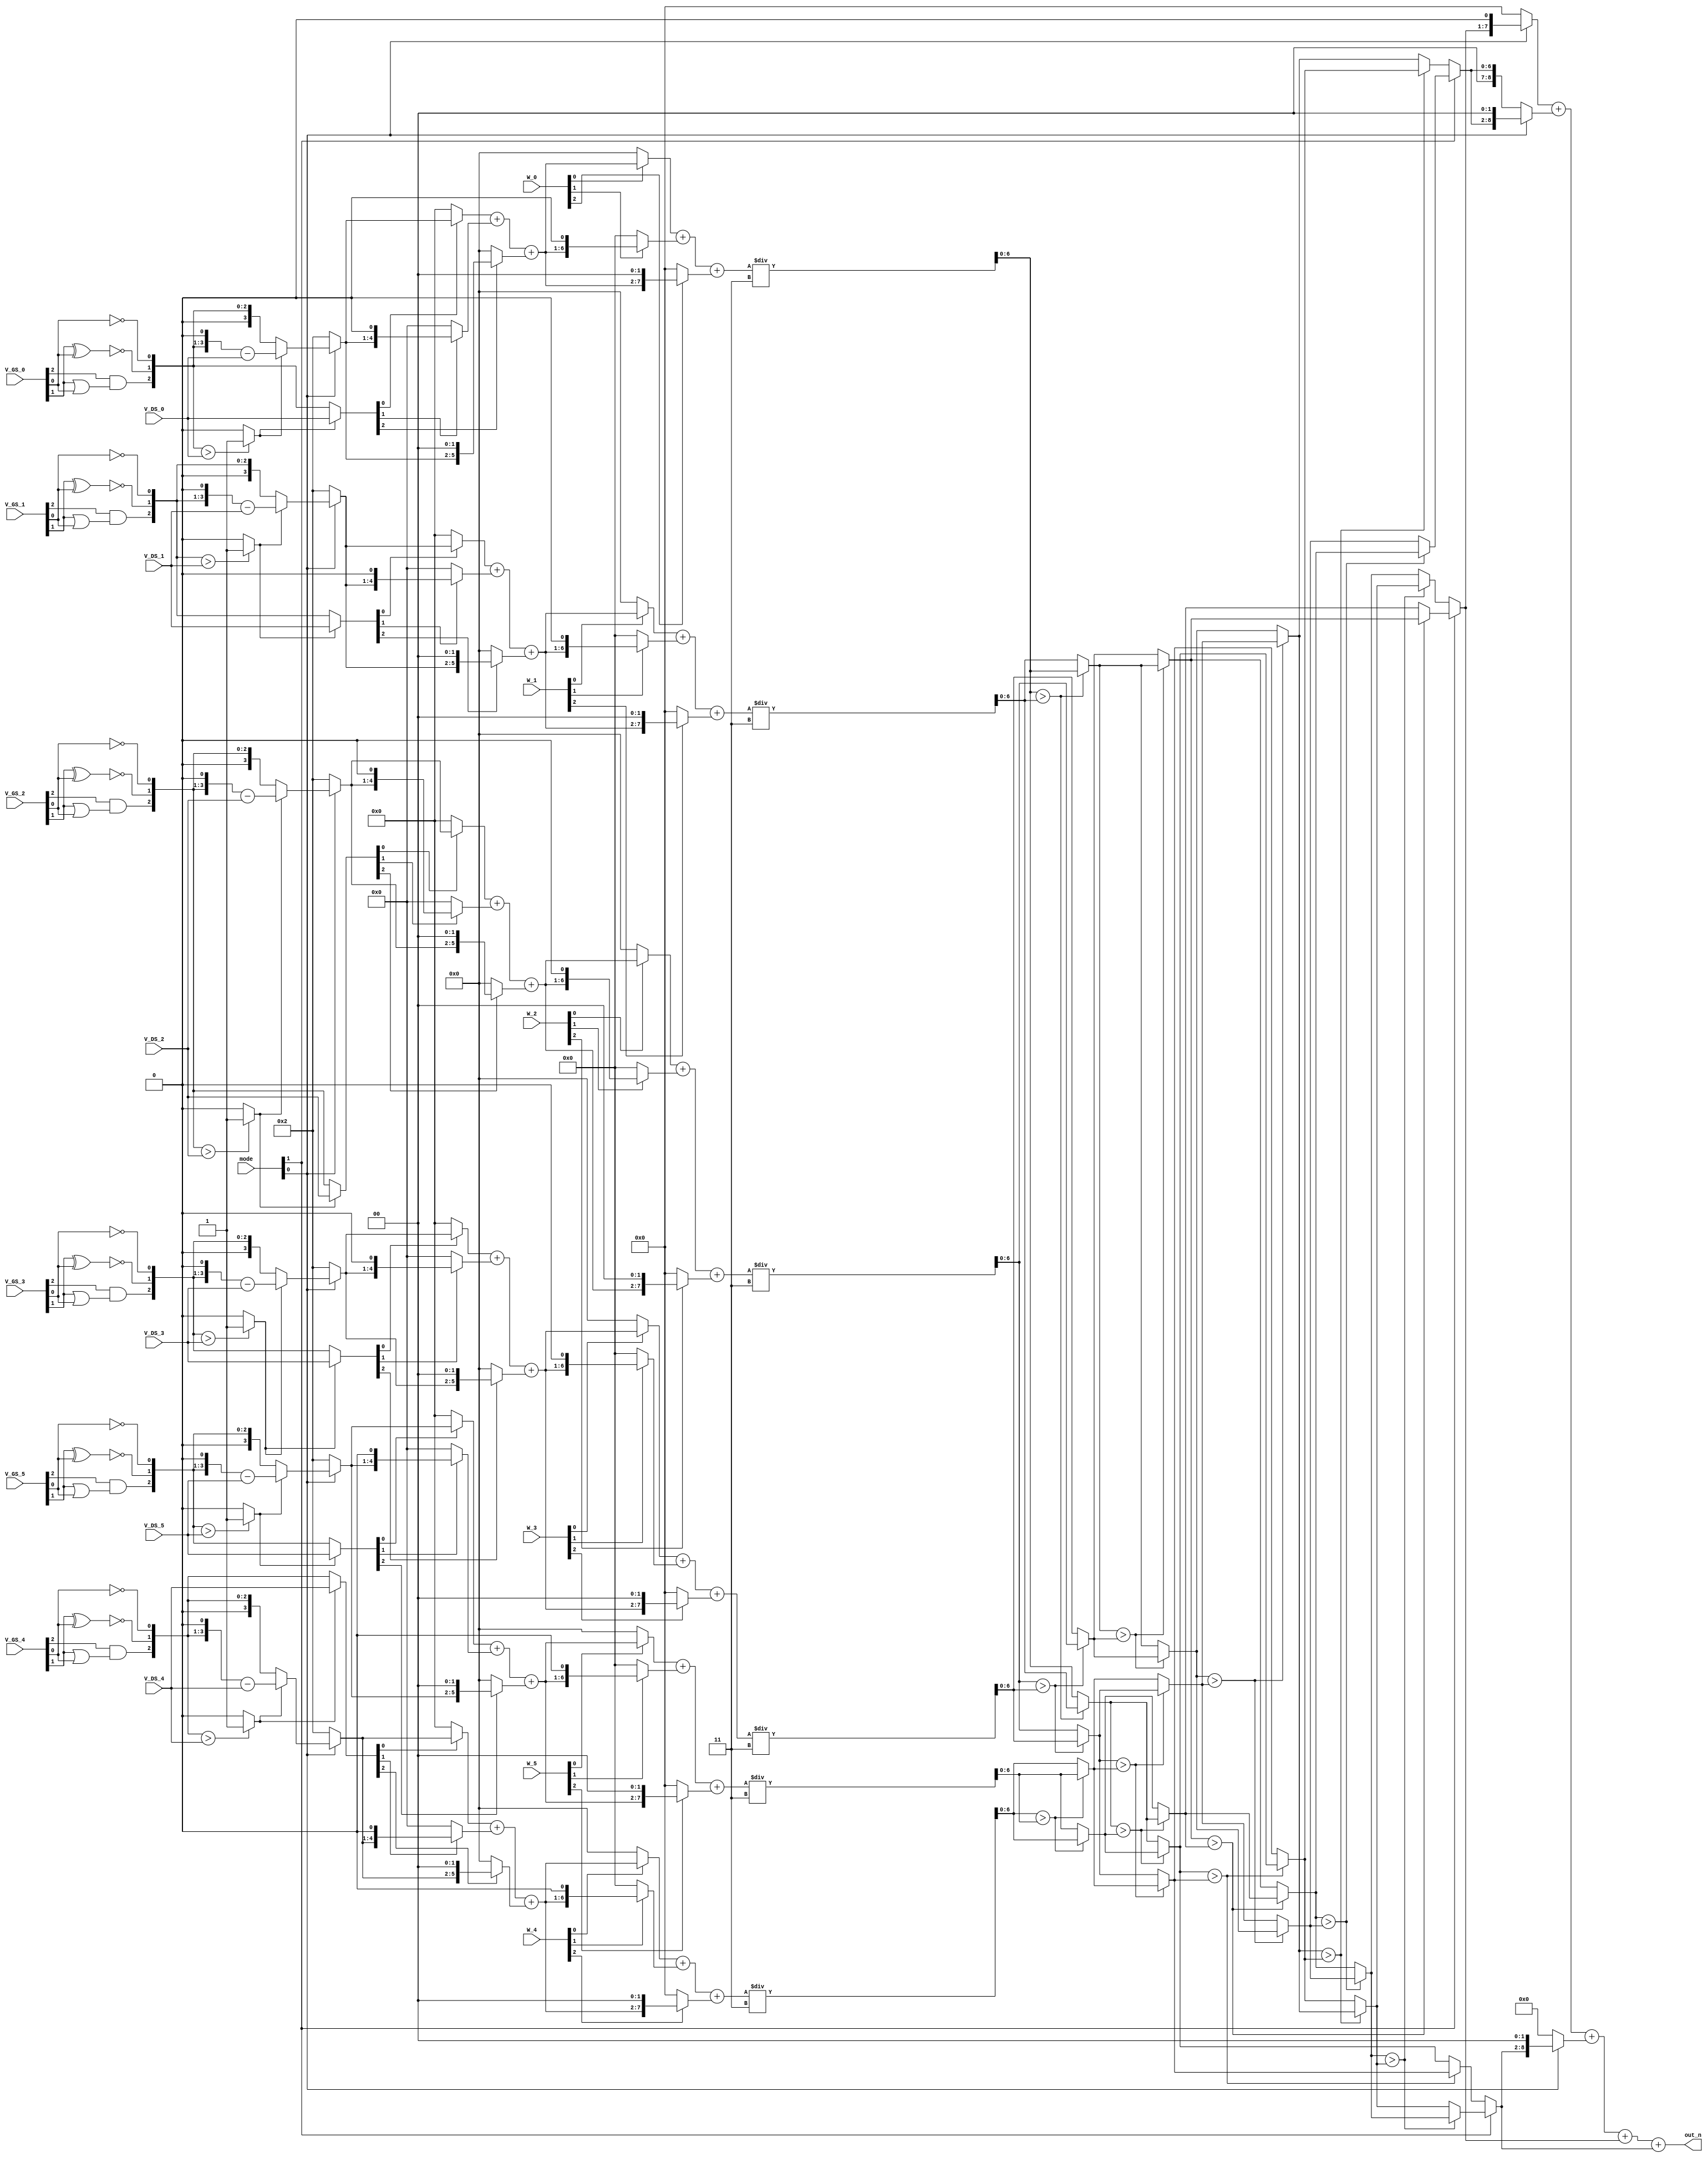
module SMC(
  // Input signals
    mode,
    W_0, V_GS_0, V_DS_0,
    W_1, V_GS_1, V_DS_1,
    W_2, V_GS_2, V_DS_2,
    W_3, V_GS_3, V_DS_3,
    W_4, V_GS_4, V_DS_4,
    W_5, V_GS_5, V_DS_5,
  // Output signals
    out_n
);

input [2:0] W_0, V_GS_0, V_DS_0;
input [2:0] W_1, V_GS_1, V_DS_1;
input [2:0] W_2, V_GS_2, V_DS_2;
input [2:0] W_3, V_GS_3, V_DS_3;
input [2:0] W_4, V_GS_4, V_DS_4;
input [2:0] W_5, V_GS_5, V_DS_5;
input [1:0] mode;
output [9:0] out_n; 

/* INITIALIZATION */
reg [2:0] V_GS[0:5];
reg [2:0] V_DS[0:5];
reg [2:0] W[0:5];

always@(*) begin
	V_GS[0] = V_GS_0;	V_DS[0] = V_DS_0;	W[0] = W_0;	
	V_GS[1] = V_GS_1;	V_DS[1] = V_DS_1;	W[1] = W_1;
	V_GS[2] = V_GS_2;	V_DS[2] = V_DS_2;	W[2] = W_2;
	V_GS[3] = V_GS_3;	V_DS[3] = V_DS_3;	W[3] = W_3;
	V_GS[4] = V_GS_4;	V_DS[4] = V_DS_4;	W[4] = W_4;
	V_GS[5] = V_GS_5;	V_DS[5] = V_DS_5;	W[5] = W_5;
end

/* CALCULATING */
reg [2:0] sub1_V_GS[0:5];
reg Comp_GS_DS[0:5];
reg [3:0] sub1_mul2_V_GS[0:5];
reg [2:0] Gmn_mul_choose[0:5];
reg [3:0] Idn_mul_choose[0:5];
reg [3:0] choose[0:5]; 
reg [3:0] Gmn_Idn_part0_tmp[0:5];
reg [4:0] Gmn_Idn_part1_tmp[0:5];
reg [5:0] Gmn_Idn_part2_tmp[0:5];
reg [5:0] Gmn_Idn_part[0:5];
reg [5:0] Gmn_Idn0_tmp[0:5];
reg [6:0] Gmn_Idn1_tmp[0:5];
reg [7:0] Gmn_Idn2_tmp[0:5];
reg [7:0] Gmn_Idn_part2[0:5];
reg [6:0] Gmn_Idn[0:5];
integer i;

always@(*) begin
	for(i=0; i<=5; i=i+1) begin
		/* V_GS minus one with kmap */
		sub1_V_GS[i][2] = V_GS[i][2] & (V_GS[i][1] | V_GS[i][0]); 
		sub1_V_GS[i][1] = ~(V_GS[i][1] ^ V_GS[i][0]);
		sub1_V_GS[i][0] = ~V_GS[i][0];
		
		/* (V_GS_n - 1 > V_DS_n) or not */
		Comp_GS_DS[i] = sub1_V_GS[i] > V_DS[i] ? 1'b1 : 1'b0;
		/* (V_GS_n - 1) * 2 */
		sub1_mul2_V_GS[i] = {sub1_V_GS[i], 1'b0};
		/* Choose multiplicand with Comp_GS_DS */
		Gmn_mul_choose[i] = (Comp_GS_DS[i]) ? V_DS[i] : sub1_V_GS[i];
		Idn_mul_choose[i] = (Comp_GS_DS[i]) ? sub1_mul2_V_GS[i] - V_DS[i] : sub1_V_GS[i];
		
		/* Choose multiplier with mode[0] */
		choose[i] = (mode[0]) ? Idn_mul_choose[i] : 4'd2;
		
		/* Gmn_Idn_part = choose * Gmn_mul_choose */
		Gmn_Idn_part0_tmp[i] = Gmn_mul_choose[i][0] ? choose[i] : 4'd0;
		Gmn_Idn_part1_tmp[i] = Gmn_mul_choose[i][1] ? {choose[i], 1'b0} : 5'd0;
		Gmn_Idn_part2_tmp[i] = Gmn_mul_choose[i][2] ? {choose[i], 2'b0} : 6'd0;
		Gmn_Idn_part[i] = Gmn_Idn_part0_tmp[i] + Gmn_Idn_part1_tmp[i] + Gmn_Idn_part2_tmp[i];
		
		/* Gmn_Idn_part2 = W * Gmn_Idn_part */
		Gmn_Idn0_tmp[i] = (W[i][0]) ? Gmn_Idn_part[i] : 6'd0;
		Gmn_Idn1_tmp[i] = (W[i][1]) ? {Gmn_Idn_part[i], 1'b0} : 7'd0;
		Gmn_Idn2_tmp[i] = (W[i][2]) ? {Gmn_Idn_part[i], 2'b0} : 8'd0;
		Gmn_Idn_part2[i] = Gmn_Idn0_tmp[i] + Gmn_Idn1_tmp[i] + Gmn_Idn2_tmp[i];
		
		/* Divide 3 */
		Gmn_Idn[i] = Gmn_Idn_part2[i] / 3;
	end
end

/* SORTING */
reg [6:0] a0, a1, a2, a3, a4, a5;
reg [6:0] b0, b1, b2, b3, b4, b5;
reg [6:0] c0, c1, c2, c3, c4, c5;
reg [6:0] d0, d1, d2, d3, e0, e1;

always@(*) begin
	a0 = (Gmn_Idn[0] > Gmn_Idn[1]) ? Gmn_Idn[0] : Gmn_Idn[1];
	a1 = (Gmn_Idn[0] > Gmn_Idn[1]) ? Gmn_Idn[1] : Gmn_Idn[0];
	a2 = (Gmn_Idn[2] > Gmn_Idn[3]) ? Gmn_Idn[2] : Gmn_Idn[3];
	a3 = (Gmn_Idn[2] > Gmn_Idn[3]) ? Gmn_Idn[3] : Gmn_Idn[2];
	a4 = (Gmn_Idn[4] > Gmn_Idn[5]) ? Gmn_Idn[4] : Gmn_Idn[5];
	a5 = (Gmn_Idn[4] > Gmn_Idn[5]) ? Gmn_Idn[5] : Gmn_Idn[4];
	b0 = (a0 > a2) ? a0 : a2;
	b1 = (a0 > a2) ? a2 : a0;
	b2 = (a1 > a4) ? a1 : a4;
	b3 = (a1 > a4) ? a4 : a1;
	b4 = (a3 > a5) ? a3 : a5;
	b5 = (a3 > a5) ? a5 : a3;
	c0 = (b0 > b2) ? b0 : b2;
	c1 = (b0 > b2) ? b2 : b0;
	c2 = (b1 > b4) ? b1 : b4;
	c3 = (b1 > b4) ? b4 : b1;
	c4 = (b3 > b5) ? b3 : b5;
	c5 = (b3 > b5) ? b5 : b3;
	d0 = (c1 > c2) ? c1 : c2;
	d1 = (c1 > c2) ? c2 : c1;
	d2 = (c3 > c4) ? c3 : c4;
	d3 = (c3 > c4) ? c4 : c3;
	e0 = (d1 > d2) ? d1 : d2;
	e1 = (d1 > d2) ? d2 : d1;
end

/* OUTPUT */
wire [6:0] out1 = mode[1] ? c0 : e1;
wire [6:0] out2 = mode[1] ? d0 : d3;
wire [6:0] out3 = mode[1] ? e0 : c5;
wire [7:0] outp1 = (mode[0]) ? {out1, 1'b0} : 8'd0;
wire [8:0] outp2 = (mode[0]) ? {out2, 2'b0} : out2;
wire [8:0] outp3 = (mode[0]) ? {out3, 2'b0} : 9'd0;
assign out_n = outp1 + outp2 + outp3 + out1 + out3;

endmodule